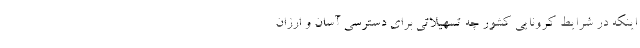
اینکه در شرایط کرونایی کشور چه تسهیلاتی برای دسترسی آسان و ارزان